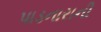
પાડનારાની